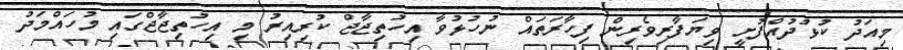
މިއަދު ކުޅުދުއްފުށީ ވިޔަފާރިވެރިން ފިހާރަތައް ނުހުޅުވާ އިހުތިޖާޖް ކުރިއިރު މި އިހުތިޖާޖްގައި މުހައްމަދު